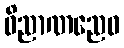
ဝိညာဏညေဝ